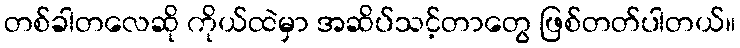
တစ်ခါတလေဆို ကိုယ်ထဲမှာ အဆိပ်သင့်တာတွေ ဖြစ်တတ်ပါတယ်။